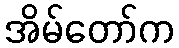
အိမ်တော်က